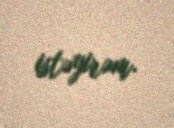
istəyirəm.